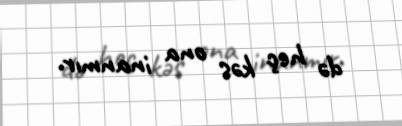
də heç kəs ona inanmır.